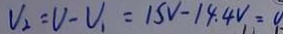
V _ { 2 } = V - V _ { 1 } = 1 5 V - 1 4 . 4 V = 0